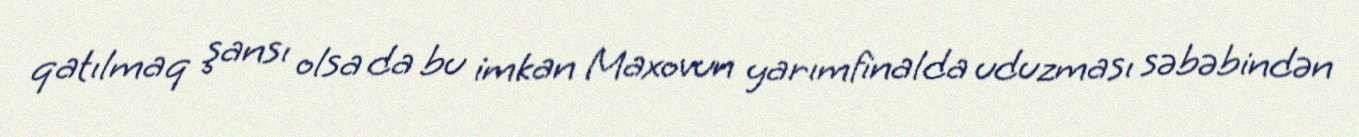
qatılmaq şansı olsa da bu imkan Maxovun yarımfinalda uduzması səbəbindən